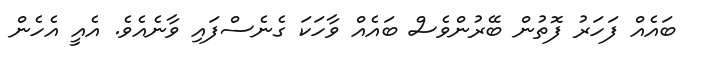
ބައެއް ފަހަރު ފޮތުން ބޭރުންވެސް ބައެއް ވާހަކަ ގެނެސްފައި ވާނެއެވެ. އެއީ އެހެން